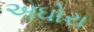
અઘોરા